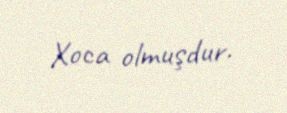
Xoca olmuşdur.